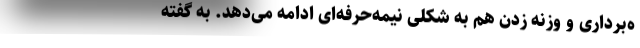
ه‌برداری و وزنه زدن هم به شکلی نیمه‌حرفه‌ای ادامه می‌دهد. به گفته